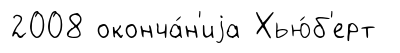
2008 оконча́н'иjа Хью́б'ерт